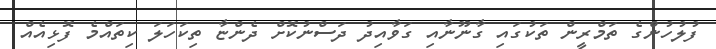
ފުލުހުންގެ ތަމްރީން ތަކުގައި ގާނޫނާއި ގަވާއިދު ދަސްނުކޮށް ދެންޏާ ތިކަހަލަ ކިތައްމެ ފޮޅިއެއް